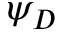
\psi _ { D }